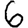
Digit: 6